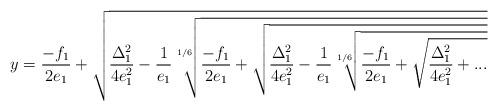
LaTeX: \begin{align*}y=\frac{-f_1}{2e_1}+\sqrt{\frac{\Delta_1^2}{4e_1^2}-\frac{1}{e_1}\sqrt[1/6]{\frac{-f_1}{2e_1}+\sqrt{\frac{\Delta_1^2}{4e_1^2}-\frac{1}{e_1}\sqrt[1/6]{\frac{-f_1}{2e_1}+\sqrt{\frac{\Delta_1^2}{4e_1^2}+...}}}}}\end{align*}